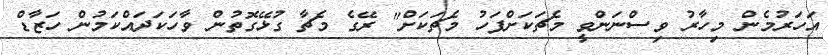
އަހަރުމެން މިހާރު ވިސްނަންވީ މެޗަކަށްފަހު މެޗަކަށް" ރޭގެ މެޗާ ގުޅޭގޮތުން ވާހަކަދައްކަމުން ހަޒާޑް